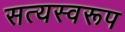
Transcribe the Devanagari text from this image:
सत्‍यस्‍वरूप